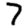
Digit: 7